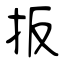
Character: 扳